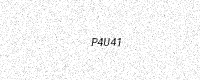
Text: P4U41